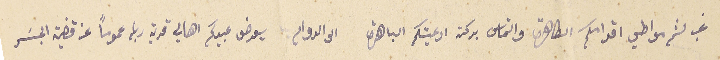
غب لثم مواطي اقدامكم الطاهرة والتماس بركة ادعيتكم الباهرة الى الدوام، يعرض عبيدكم اهالي قرية ربله عموماً عن قضية الجسَر